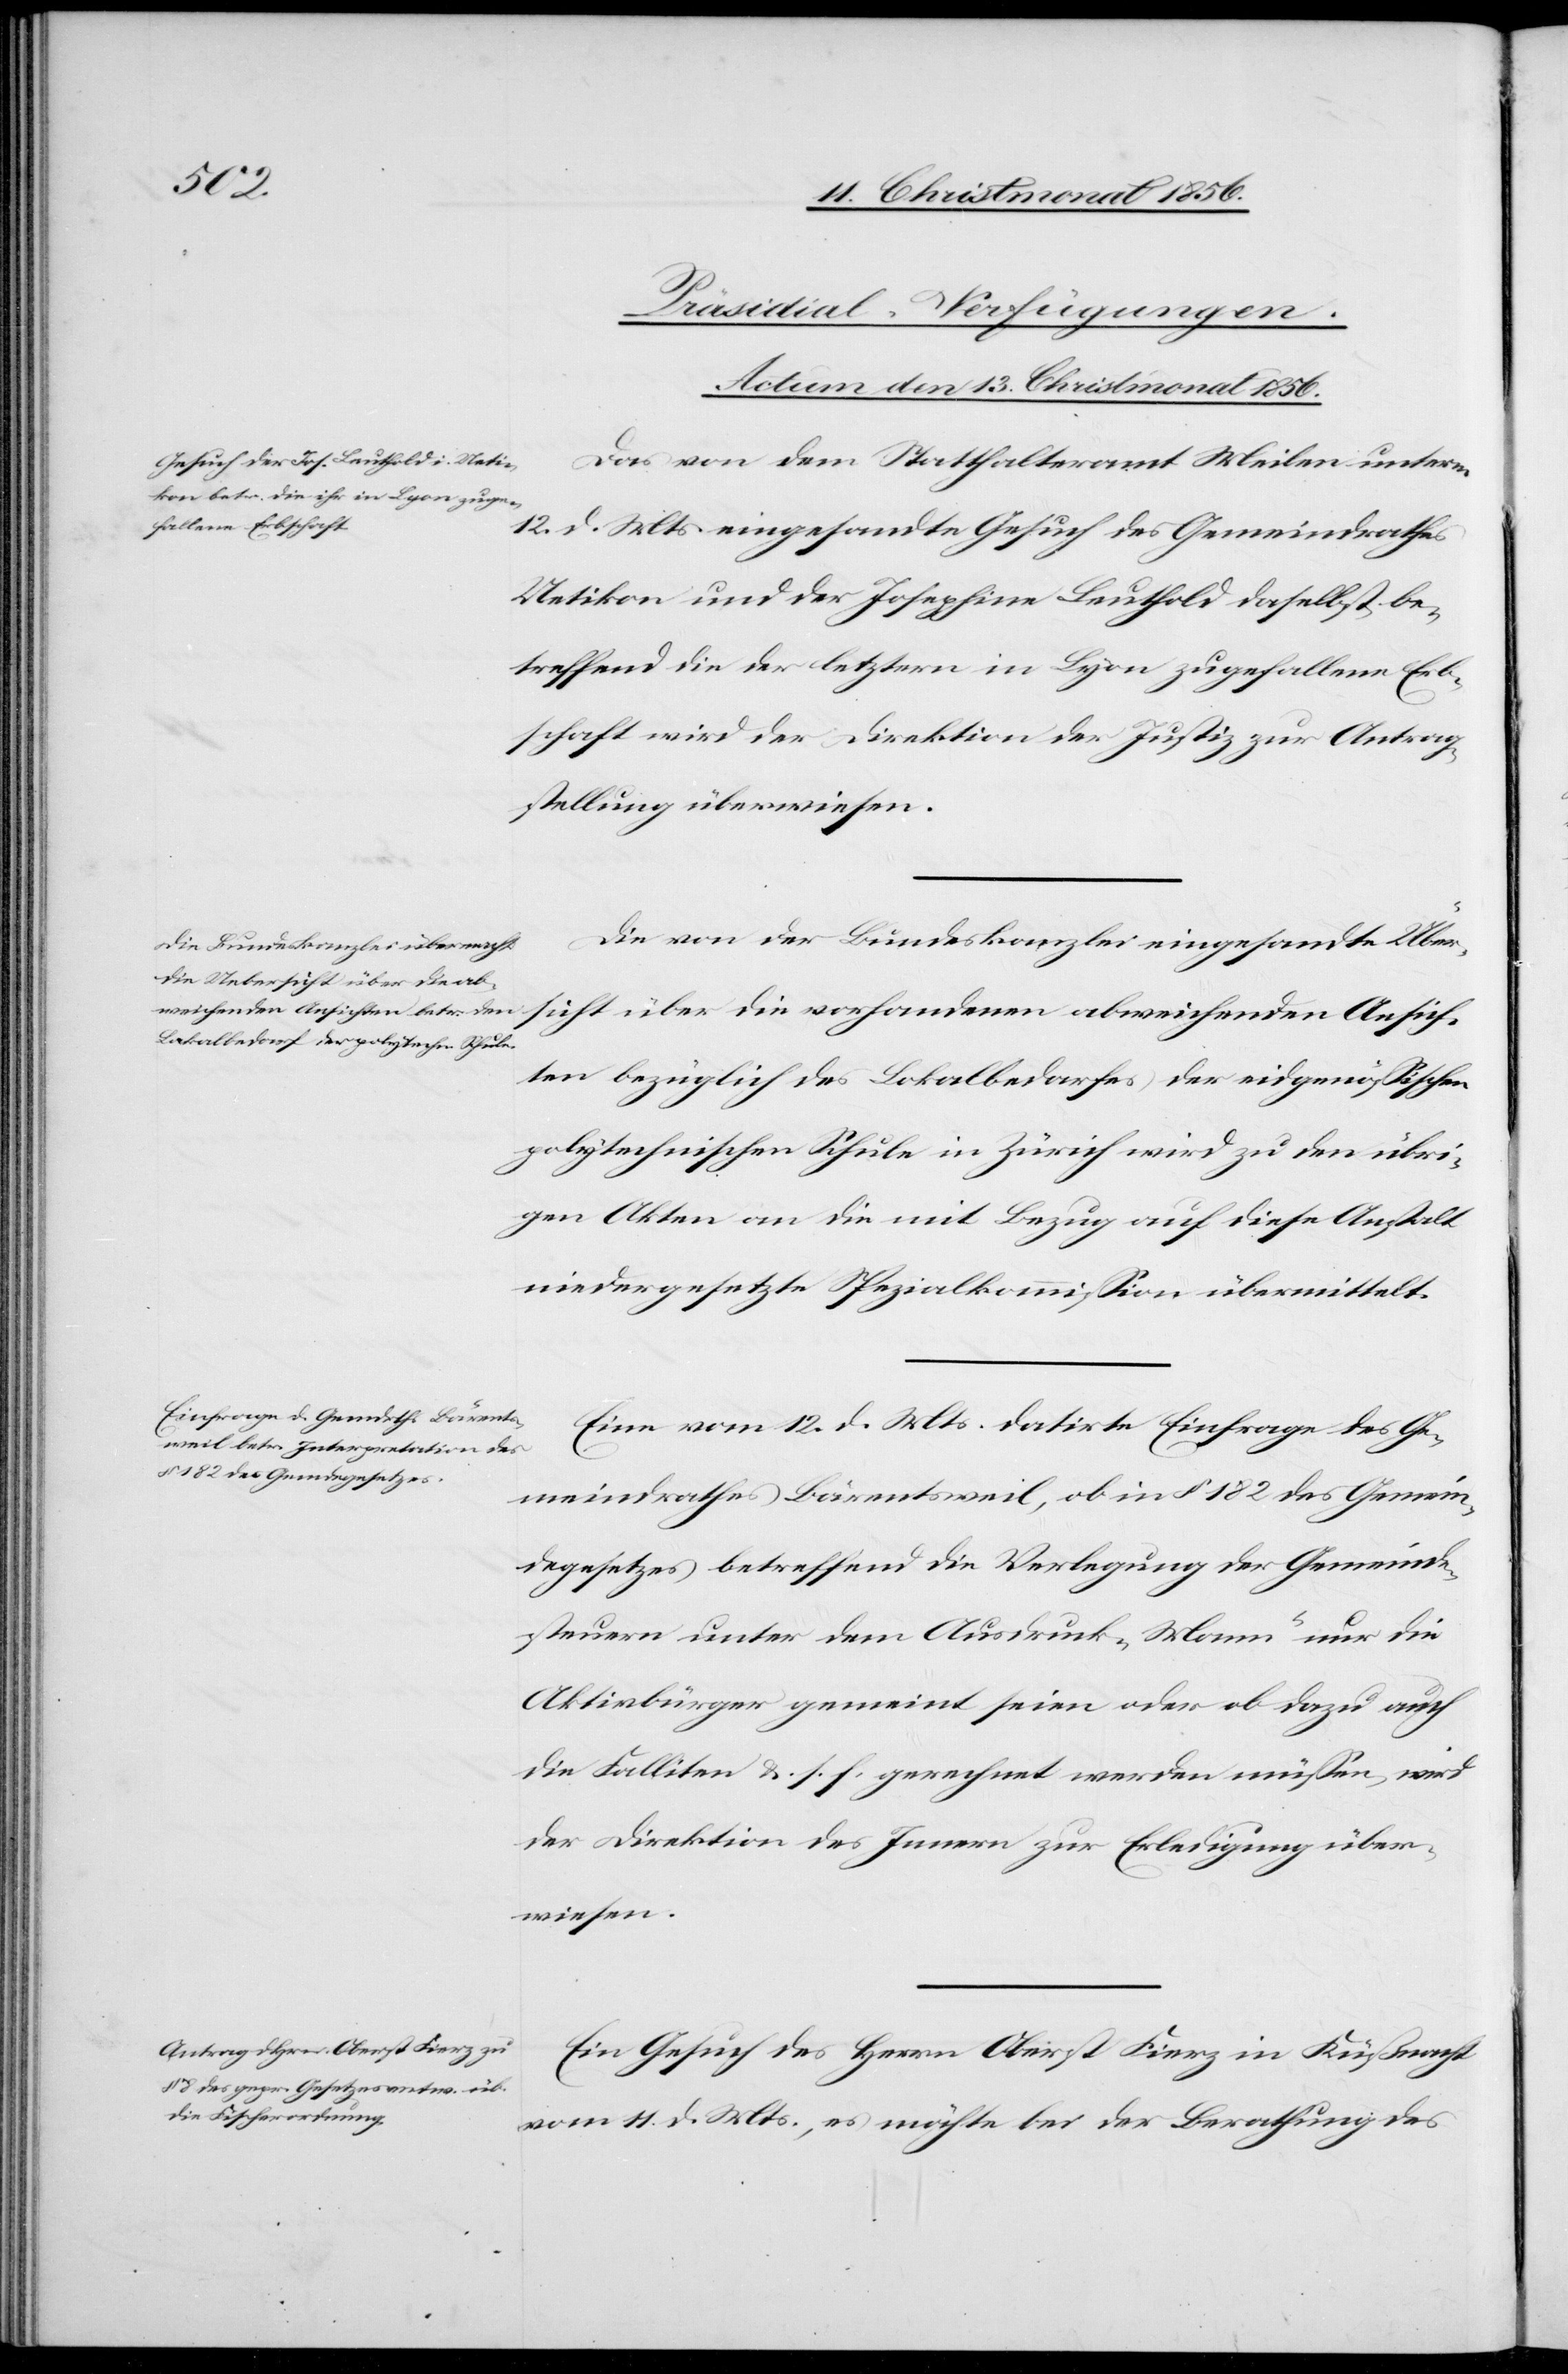
[Präsidial-Verfügungen.
Actum den 13. Christmonat 1856.]
Das von dem Statthalteramt Meilen unterm
12. d. Mts. eingesandte Gesuch des Gemeindrathes
Uetikon und der Josephine Leuthold daselbst be¬
treffend die der letztern in Lyon zugefallene Erb¬
schaft wird der Direktion der Justiz zur Antrag¬
stellung überwiesen.
Die von der Bundeskanzlei eingesandte Über¬
sicht über die vorhandenen abweichenden Ansich¬
ten bezüglich des Lokalbedarfes der eidgenössischen
polytechnischen Schule in Zürich wird zu den übri¬
gen Akten an die mit Bezug auf diese Anstalt
niedergesetzte Spezialkommission übermittelt.
Eine vom 12. d. Mts. datirte Einfrage des Ge¬
meindrathes Bärentsweil, ob in § 182 des Gemein¬
degesetzes betreffend die Verlegung der Gemeinde¬
steuern unter dem Ausdruck „Mann“ nur die
Aktivbürger gemeint seien oder ob dazu auch
die Falliten &. s. f. gerechnet werden müssen, wird
der Direktion des Innern zur Erledigung über¬
wiesen.
Ein Gesuch des Herrn Oberst Fierz in Küßnacht
vom 11. d. Mts., es möchte bei der Berathung des